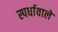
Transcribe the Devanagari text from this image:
स्पर्धावाले